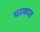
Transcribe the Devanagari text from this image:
चरकात